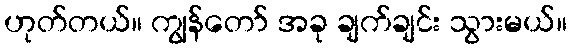
ဟုတ်တယ်။ ကျွန်တော် အခု ချက်ချင်း သွားမယ်။